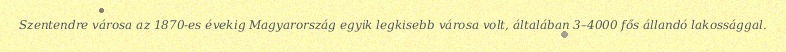
Szentendre városa az 1870-es évekig Magyarország egyik legkisebb városa volt, általában 3–4000 fős állandó lakossággal.